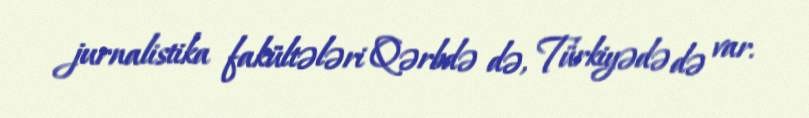
jurnalistika fakültələri Qərbdə də, Türkiyədə də var.